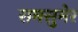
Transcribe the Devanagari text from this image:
रामसुमेर